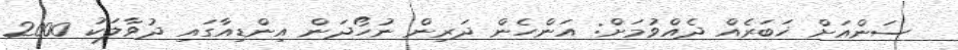
ސަންއަށް ޚަބަރެއް ދެއްވުމަށް: އަންހެން ދަރިން ނުހޯދަން އިންޑިއާގައި ދުވާލަކު 2000